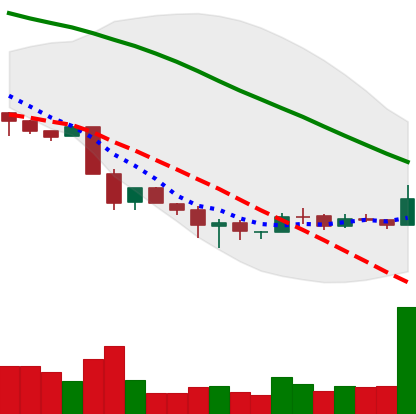
Ticker: BNB-USD
Chart end date: 2018-12-04
Forward return: -17.373%
Label: down_7plus